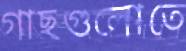
গাছগুলোতে